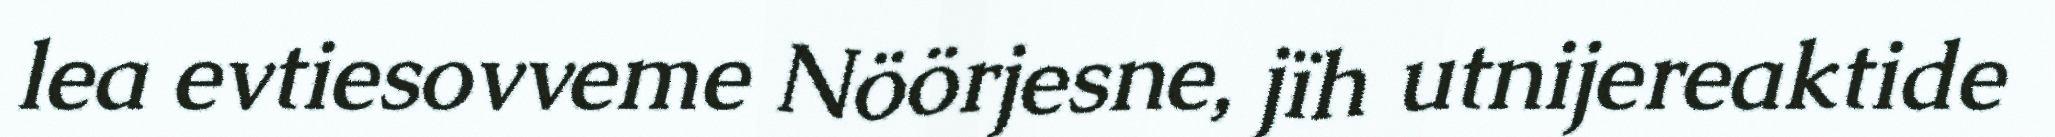
lea evtiesovveme Nöörjesne, jïh utnijereaktide